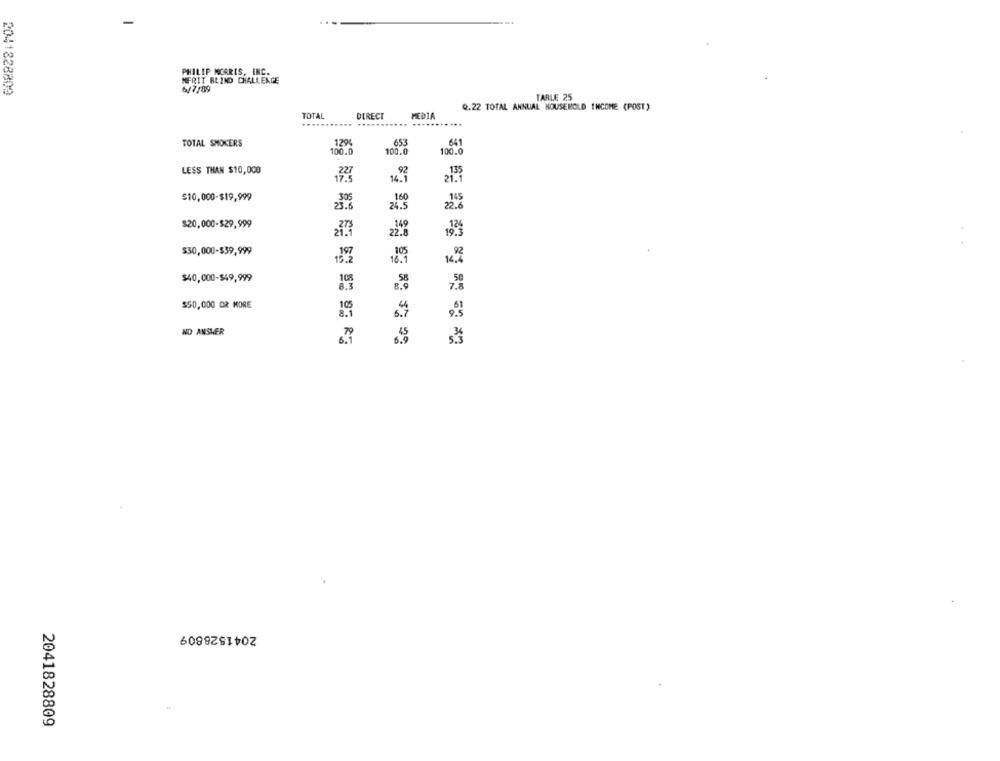
PHILIP MCARIS, INC.
MERIT BLIND CHALLENGE
2041828809
6/7/89
TARLE 25
Q.22 TOTAL ANNUAL HOUSEHOLD INCOME (POST)
TOTAL
DIRECT
MEDIA
TOTAL SMOKERS
129%
653
106.
100.0
100.0
LESS THAN $10,000
14.7
$10,000-$19,999
160
24.5
$20,000-$29,999
22.8
$30,000-$39,999
$40,000-$49,999
50
7.8
$50,000 OR MORE
NO ANSWER
2041528809
2041828809